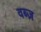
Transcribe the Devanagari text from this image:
वब्ज़